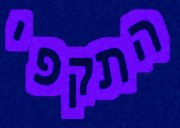
התקפי